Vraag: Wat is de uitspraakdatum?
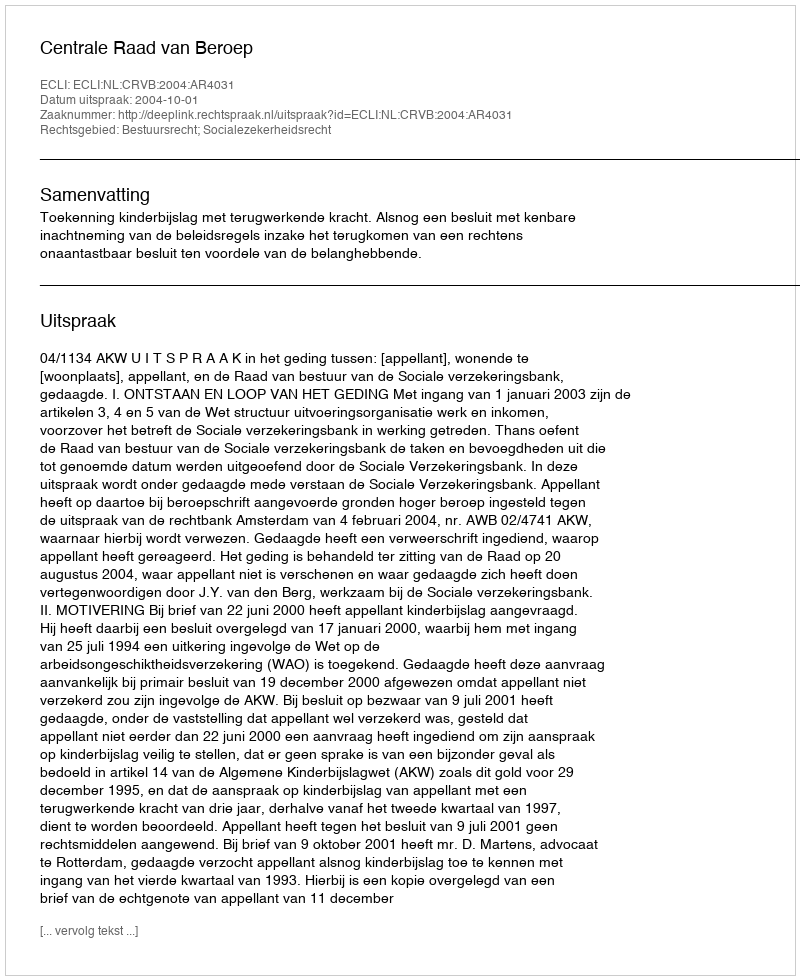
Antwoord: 2004-10-01